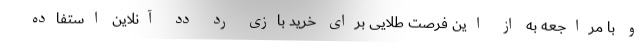
و با مراجعه به از این فرصت طلایی برای خرید بازی رد دد آنلاین استفاده